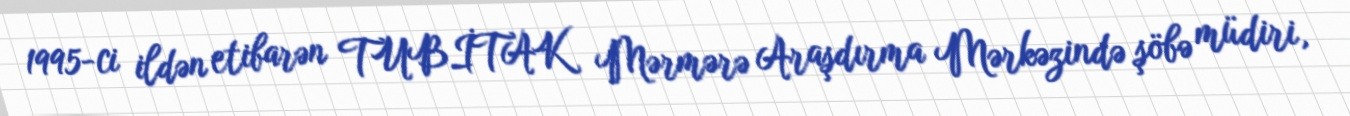
1995-ci ildən etibarən TUBİTAK Mərmərə Araşdırma Mərkəzində şöbə müdiri,